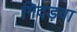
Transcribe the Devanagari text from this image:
गिदड़वा